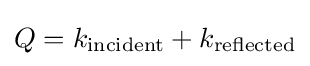
Q=k_{\text{incident}}+k_{\text{reflected}}